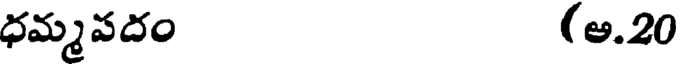
ధమ్మవదం (అ.20